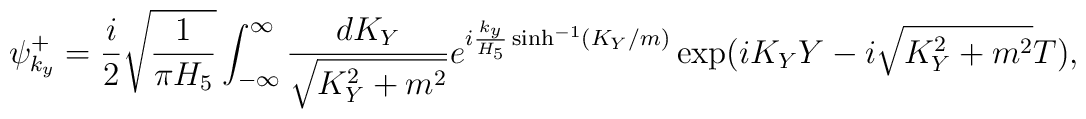
\psi^+_{k_y}=\frac{i}{2} \sqrt{\frac{1}{\pi H_5}}	\int_{-\infty}^{\infty} \frac{dK_Y}{\sqrt{K_Y^2+m^2}} e^{i {k_y\over H_5}	\sinh^{-1}(K_Y/m)} \exp(iK_Y Y -i \sqrt{K_Y^2+m^2} T),